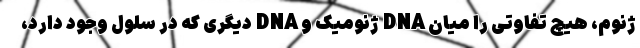
ژنوم، هیچ تفاوتی را میان DNA ژنومیک و DNA دیگری که در سلول وجود دارد،